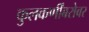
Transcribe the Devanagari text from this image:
कुलकर्णींबरोबर